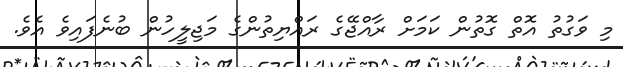
މި ވަގުތު އޮތް ގޮތުން ކަމަށް ރާއްޖޭގެ ރައްޔިތުންގެ މަޖިލީހުން ބުނެފައިވެ އެވެ.